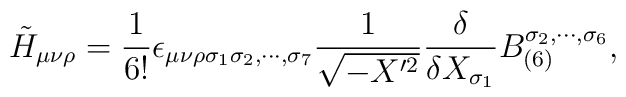
\tilde{H}_{\mu\nu\rho}=\frac{1}{6!} \epsilon_{\mu\nu\rho\sigma_1\sigma_2,\cdots, \sigma_7}\frac{1}{\sqrt{-X'^{2}}} \frac{\delta}{\delta X_{\sigma_1}}B_{(6)}^{\sigma_2, \cdots,\sigma_6},